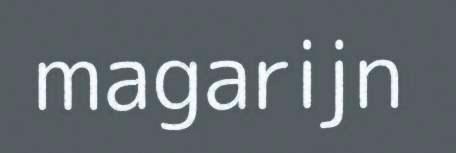
magarijn